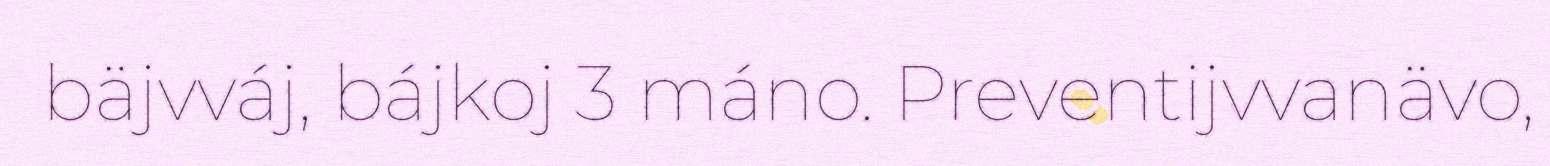
bäjvváj, bájkoj 3 máno. Preventijvvanävo,